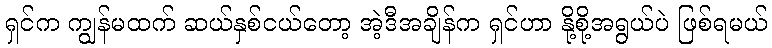
ရှင်က ကျွန်မထက် ဆယ်နှစ်ငယ်တော့ အဲ့ဒီအချိန်က ရှင်ဟာ နို့စို့အရွယ်ပဲ ဖြစ်ရမယ်